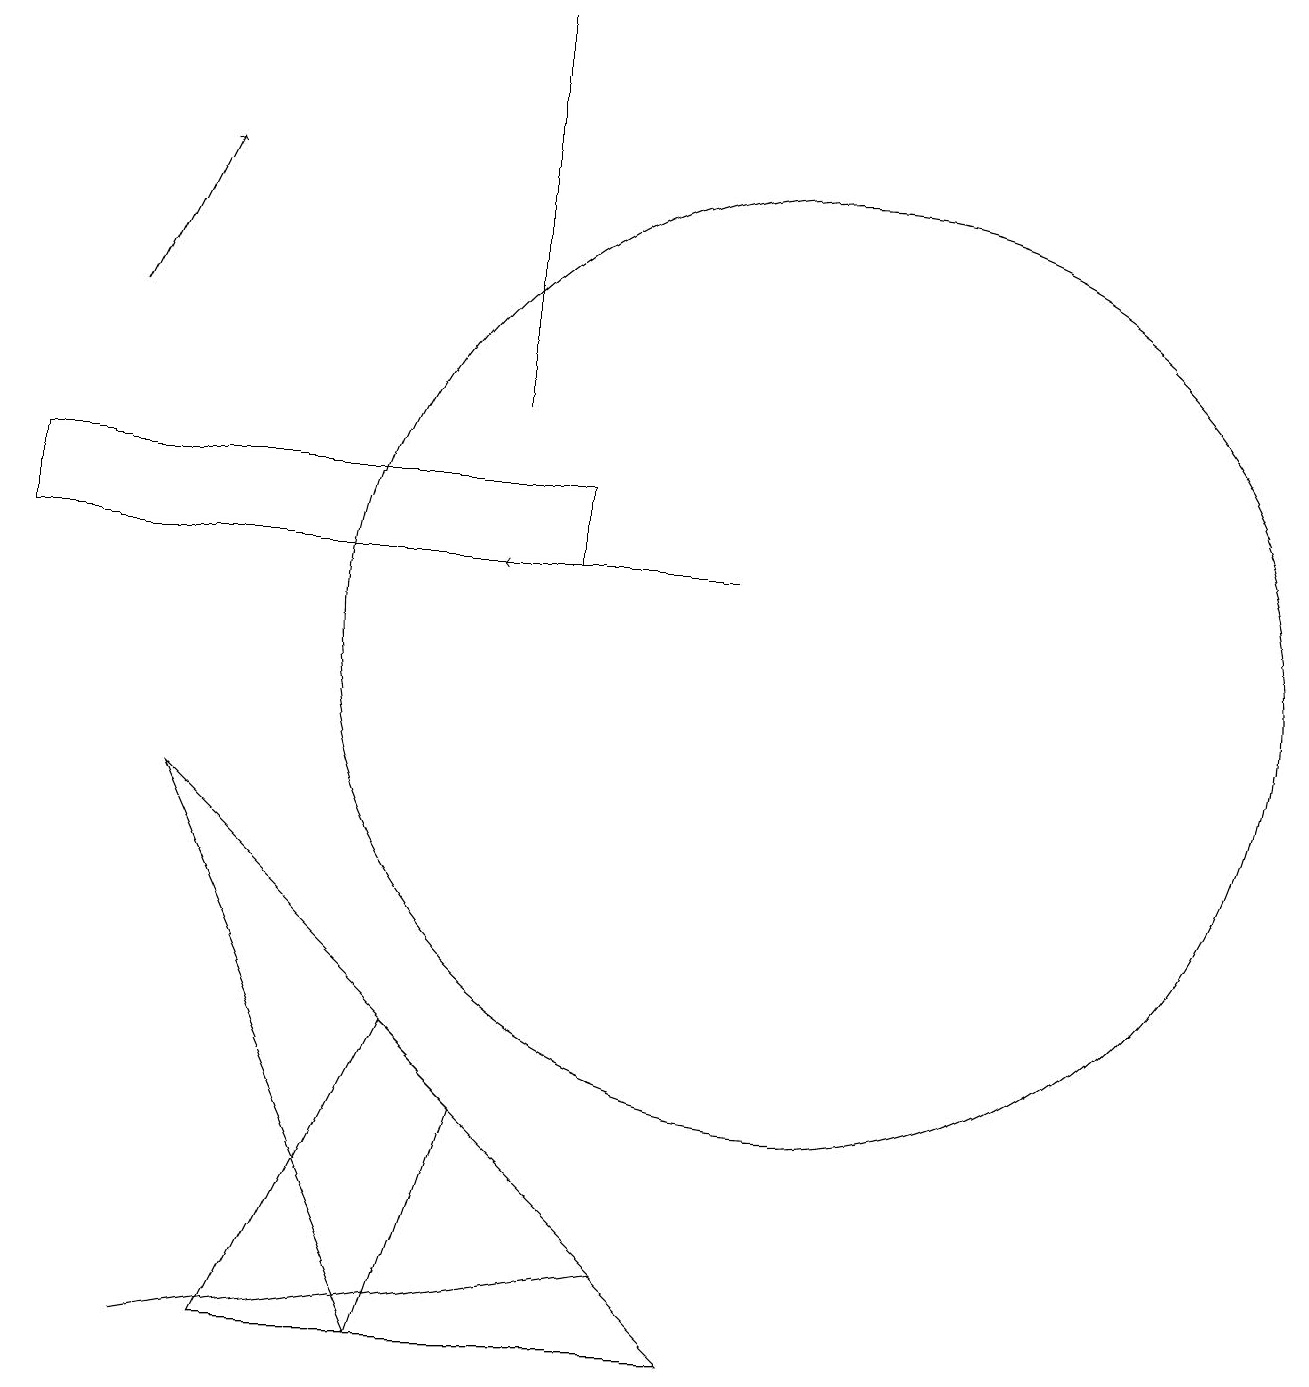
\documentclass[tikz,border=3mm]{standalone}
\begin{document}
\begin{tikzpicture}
\draw[->] (9,12) -- (6,12);
\draw (2,9) -- (6,5) -- (5,2) -- cycle;
\draw (5,6) -- (9,2) -- (3,2) -- cycle;
\draw (6,14) rectangle (6,19);
\draw (0,12) rectangle (7,13);
\draw (2,2) -- (8,3) -- (2,2) -- cycle;
\draw (10,11) circle (6);
\draw[->] (1,15) -- (2,17);
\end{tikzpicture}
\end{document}